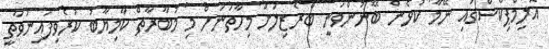
އޮލިމްޕިކްސްގައި ނޭމާ ކުޅެން ބޭނުންވަނީ ބްރެޒިލަށް މިހާތަނަށް މި މުބާރާތް ކާމިޔާބު ކުރެވިފައިނުވާތީ